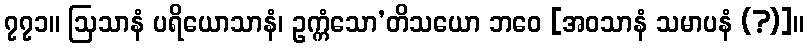
၇၇၁။ ဩသာနံ ပရိယောသာနံ၊ ဥက္ကံသော’တိသယော ဘဝေ [အဝသာနံ သမာပနံ (?)]။